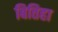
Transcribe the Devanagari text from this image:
बितिहा